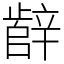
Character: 辪